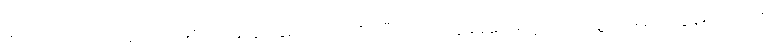
မက်ဂွဲယားကတော့ လက်နှစ်ဖက်နဲ့ နားနှစ်ဖက်ကိုကိုင်ပြီး အောင်ပွဲခံခဲ့ပေမယ့် ဘယ်သူ့ကို မရည်ညွှန်းကြောင်း၊